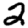
Digit: 2